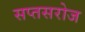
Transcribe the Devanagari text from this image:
सप्तसरोज